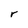
Character: r